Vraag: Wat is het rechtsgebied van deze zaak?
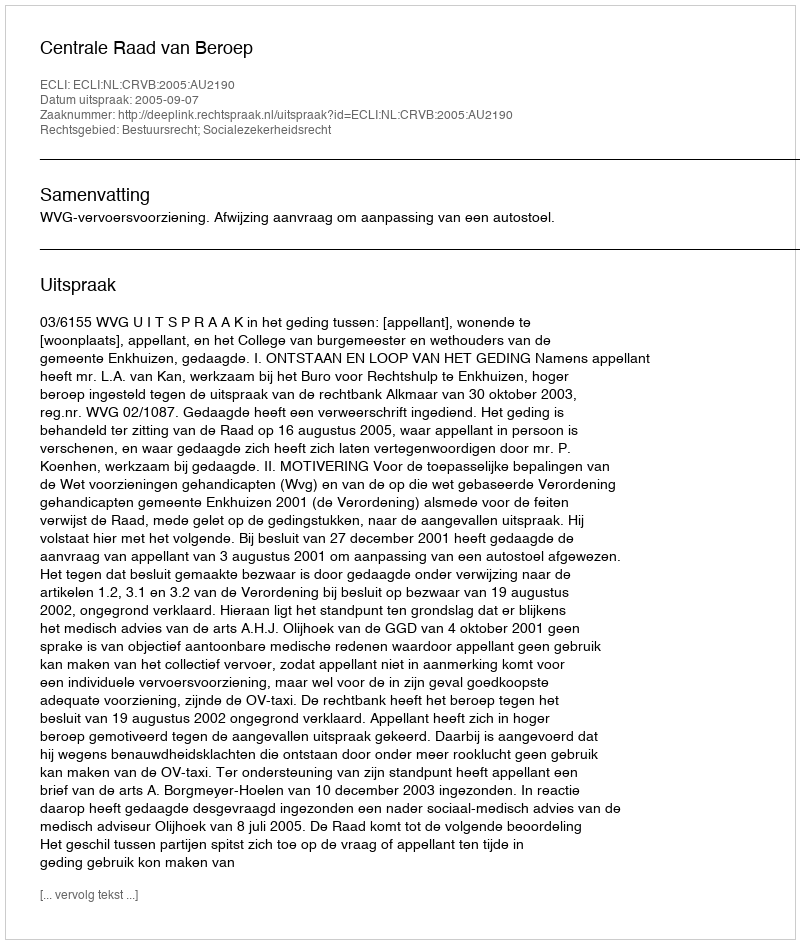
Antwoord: Bestuursrecht; Socialezekerheidsrecht